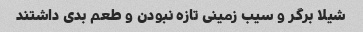
شیلا برگر و سیب زمینی تازه نبودن و طعم بدی داشتند